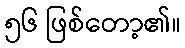
၅၆ ဖြစ်တော့၏။